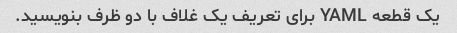
یک قطعه YAML برای تعریف یک غلاف با دو ظرف بنویسید.